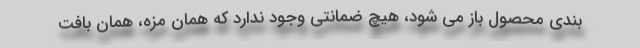
بندی محصول باز می شود، هیچ ضمانتی وجود ندارد که همان مزه، همان بافت